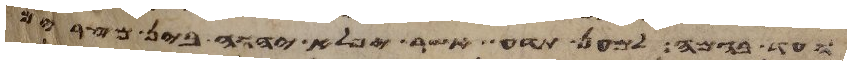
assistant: ועד בהמה למען תדע אשר יפלא יהוה בין מצרים